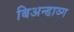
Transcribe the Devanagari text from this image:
बिअन्डाञ्ग